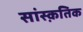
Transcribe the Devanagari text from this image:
सांस्‍क़तिक